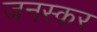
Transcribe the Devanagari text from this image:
जनस्‍कर